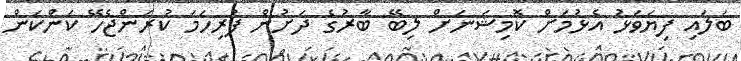
ބަލައި ފިޔަވަޅު އެޅުމަށް ކޮމިޝަނަށް ލިބޭ ބާރުގެ ދަށުން ފުރިހަމަ ކުރަންޖެހޭ ކަންކަން